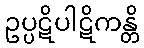
ဥပ္ပဋိပါဋိကန္တိ